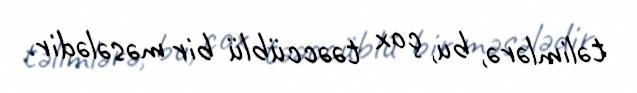
təlimlərə, bu, çox təəccüblü bir məsələdir.